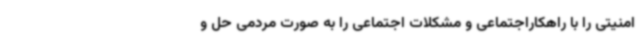
امنیتی را با راهکاراجتماعی و مشکلات اجتماعی را به صورت مردمی حل و